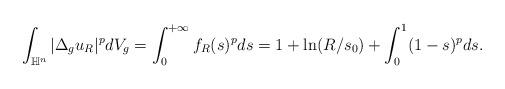
LaTeX: \begin{align*}\int_{\mathbb H^n} |\Delta_g u_R|^p dV_g = \int_0^{+\infty} f_R(s)^p ds = 1+ \ln (R/s_0) + \int_0^1 (1-s)^pds.\end{align*}